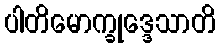
ပါတိမောက္ခုဒ္ဒေသာတိ